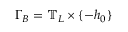
\Gamma _ { B } = \mathbb { T } _ { L } \times \{ - h _ { 0 } \}